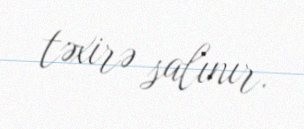
təxirə salınır.